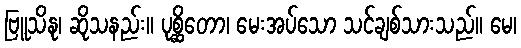
ဗြူသိနု၊ ဆိုသနည်း။ ပုစ္ဆိတော၊ မေးအပ်သော သင်ချစ်သားသည်။ မေ၊